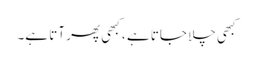
کبھی چلا جاتا ہے ، کبھی پھر آتا ہے۔